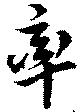
率